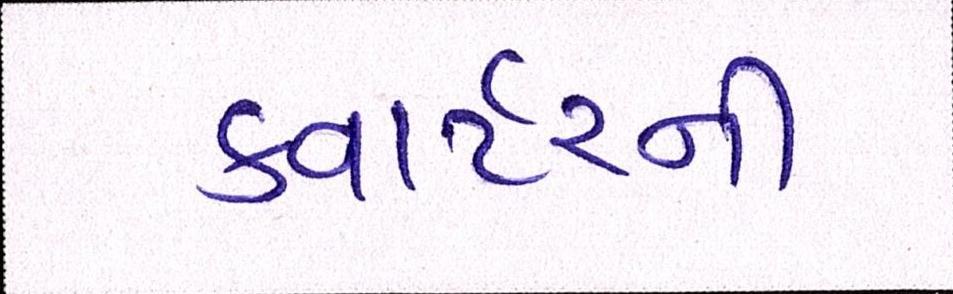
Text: ક્વાર્ટરની